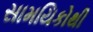
સામયિકોથી